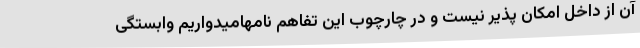
آن از داخل امکان پذیر نیست و در چارچوب این تفاهم نامهامیدواریم وابستگی